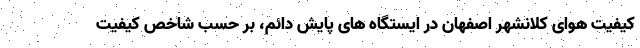
کیفیت هوای کلانشهر اصفهان در ایستگاه های پایش دائم، بر حسب شاخص کیفیت